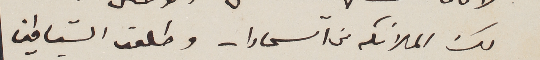
لك الملائكه من آالسماوات وطلعت الشياطين